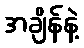
အချိန်နဲ့